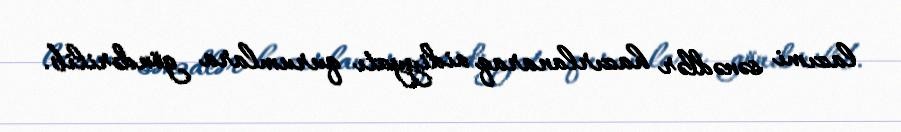
lazımi sənədlər hazırlanaraq aidiyyatı qurumlara göndərilib.